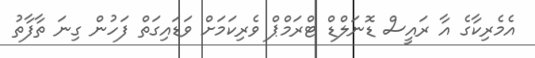
އެމެރިކާގެ އާ ރައީސް ޑޮނަލްޑް ޓްރަމްޕް ވެރިކަަމަށް ވަޑައިގަތް ފަހުން ގިނަ ތާފާތު